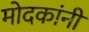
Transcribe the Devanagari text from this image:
मोदकांनी